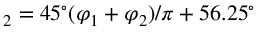
_ 2 = 4 5 ^ { \circ } ( \varphi _ { 1 } + \varphi _ { 2 } ) / \pi + 5 6 . 2 5 ^ { \circ }